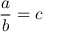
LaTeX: { \frac { a } { b } } = c